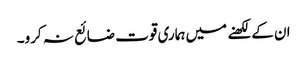
ان کے لکھنے میں ہماری قوت ضائع نہ کرو۔